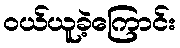
ဝယ်ယူခဲ့ကြောင်း